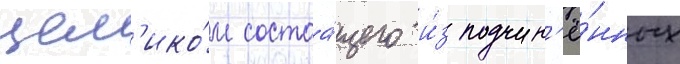
цел'ико́м состоа́щего и́з подчин'ё́нных